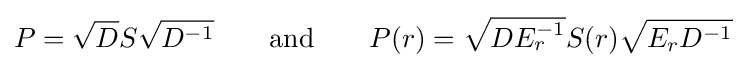
P={\sqrt {D}}S{\sqrt {D^{-1}}}\qquad {\text{and}}\qquad P(r)={\sqrt {DE_{r}^{-1}}}S(r){\sqrt {E_{r}D^{-1}}}